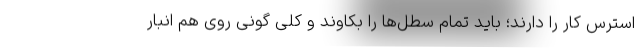
استرس کار را دارند؛ باید تمام سطل‌ها را بکاوند و کلی گونی روی هم انبار